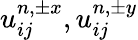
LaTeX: u_{ij}^{n,\pm x},u_{ij}^{n,\pm y}